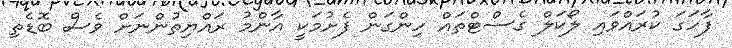
ފާހަގަ ކުރައްވައި ލޯކަލް ގެސްޓްތައް ހިންގަން ފެށުމަކީ އާންމު ރައްޔިތުންނަށް ވެސް ބޮޑެތި